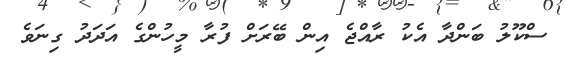
ސްކޫލު ބަންދާ އެކު ރާއްޖެ އިން ބޭރަށް ފުރާ މީހުންގެ އަދަދު ގިނަވެ